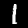
Digit: 1